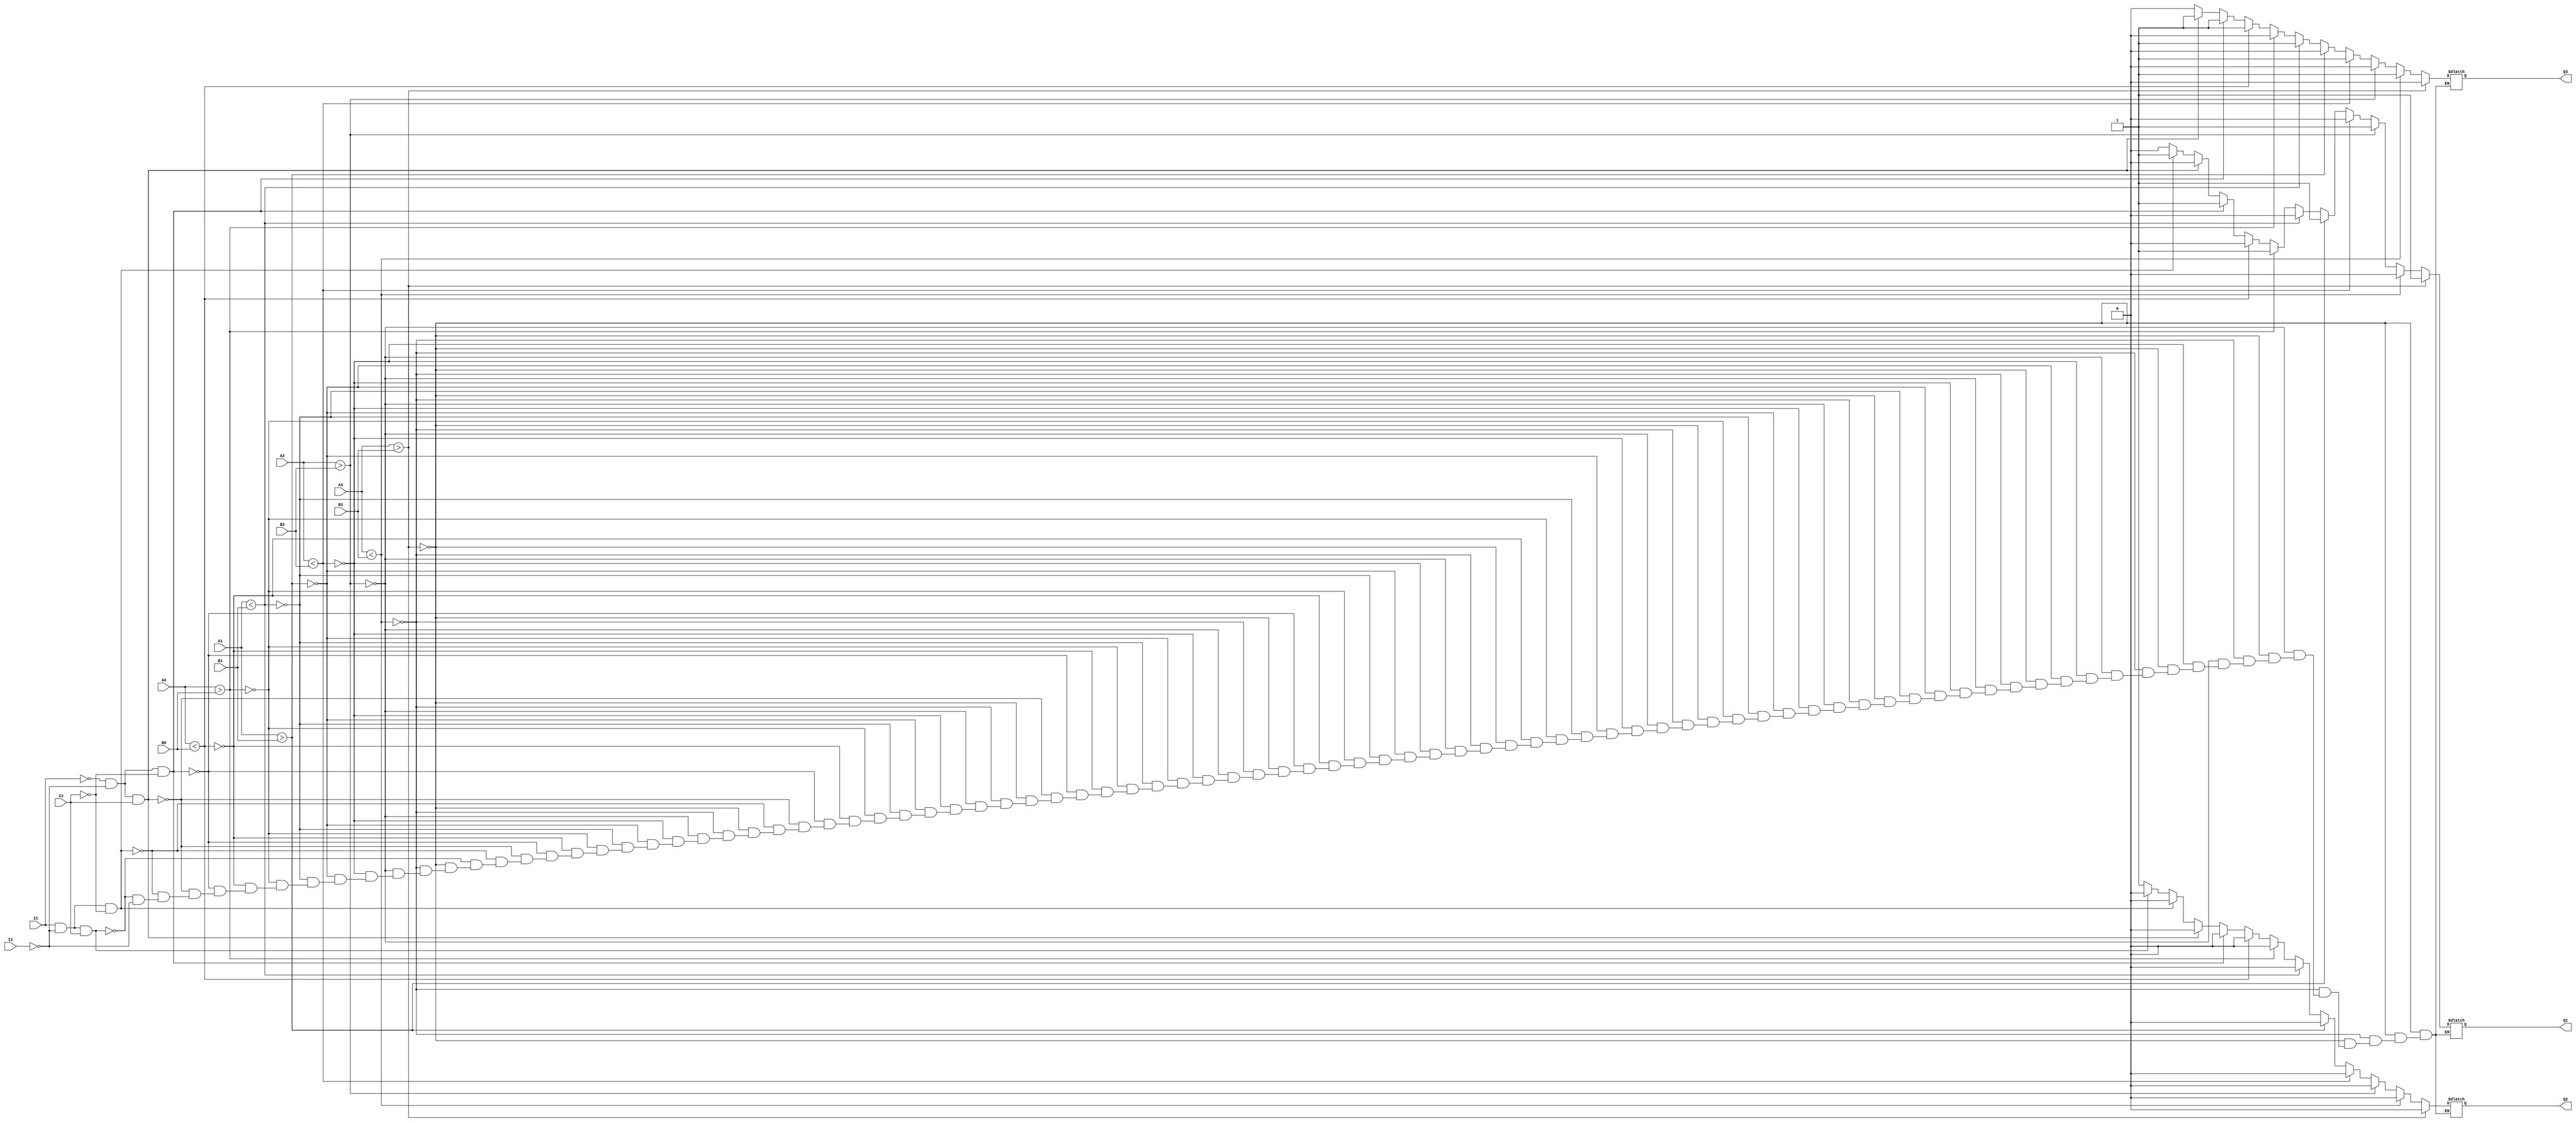
module HC_85(A3, A2, A1, A0, B3, B2, B1, B0, I1, I2, I3, Q1, Q2, Q3);

	input A3, A2, A1, A0, B3, B2, B1, B0, I1, I2, I3;	
	//I1, I2, I3I(A>B), I(A=B), I(A<B) 
	
	output Q1, Q2, Q3;		//Q(A>B), Q(A=B), Q(A<B)	

	reg Q1, Q2, Q3;
	
	always@(A3 or A2 or A1 or A0 or B3 or B2 or B1 or B0 or I1 or I2 or I3)
		begin
			if (A3 > B3)
				begin Q1 = 1; Q2 = 0; Q3 = 0; end
			else if (A3 < B3)
				begin Q1 = 0; Q2 = 0; Q3 = 1; end
			else
				begin
					if (A2 > B2)
						begin Q1 = 1; Q2 = 0; Q3 = 0; end
					else if (A2 < B2)
						begin Q1 = 0; Q2 = 0; Q3 = 1; end
					else
						begin
							if (A1 > B1)
								begin Q1 = 1; Q2 = 0; Q3 = 0; end
							else if (A1 < B1)
								begin Q1 = 0; Q2 = 0; Q3 = 1; end
							else
								begin
									if (A0 > B0)
										begin Q1 = 1; Q2 = 0; Q3 = 0; end
									else if (A0 < B0)
										begin Q1 = 0; Q2 = 0; Q3 = 1; end
									else
										begin
											if (I1 == 0 && I2 == 0 && I3 == 0)
												begin Q1 = 1; Q2 = 0; Q3 = 1; end
											else if (I1 == 0 && I2 == 0 && I3 == 1)
												begin Q1 = 0; Q2 = 0; Q3 = 1; end
											else if (I1 == 1 && I2 == 0 && I3 == 0)
												begin Q1 = 1; Q2 = 0; Q3 = 0; end
											else if (I1 == 1 && I2 == 0 && I3 == 1)
												begin Q1 = 0; Q2 = 0; Q3 = 0; end
											else if (I2 == 1)
												begin Q1 = 0; Q2 = 1; Q3 = 0; end
										end
								end
						end
				end
		end
endmodule